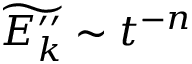
\widetilde { E _ { k } ^ { \prime \prime } } \sim t ^ { - n }